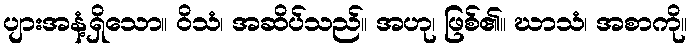
ပျားအနံ့ရှိသော။ ဝိသံ၊ အဆိပ်သည်။ အဟု၊ ဖြစ်၏။ ဃာသံ၊ အစာကို။